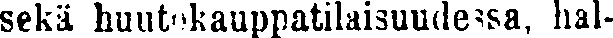
sekä huutokauppatilaisuudessa, hal-